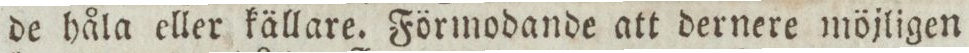
de håla eller källare. Förmodande att dernere möjligen